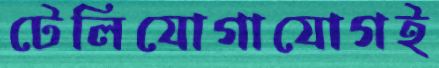
টেলিযোগাযোগই